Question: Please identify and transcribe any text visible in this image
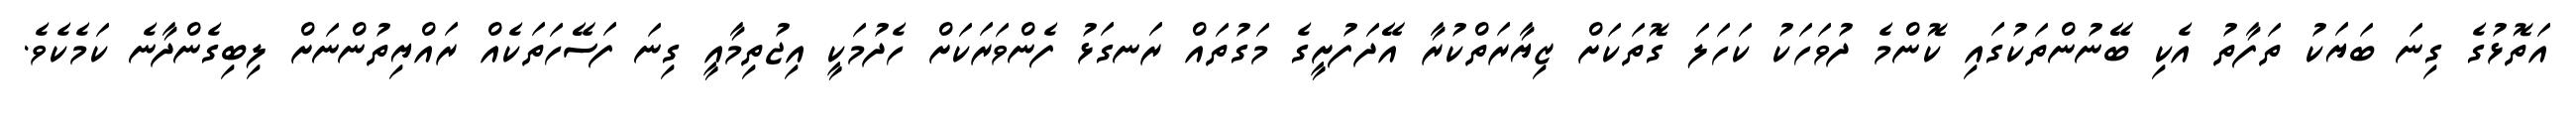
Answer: އަތޮޅުގެ ގިނަ ބަޔަކު ތަފާތު އެކި ބޭނުންތަކުގައި ކޮންމެ ދުވަހަކު ކަހަލަ ގޮތަކަށް ޒިޔާރަތްކުރާ އޭދަފުށީގެ މަގުތައް ރަނގަޅު ފެންވަރަކަށް ހެދުމަކީ އިޖުތިމާއީ ގިނަ ފަސޭހަތަކެއް ރައްޔިތުންނަށް ލިބިގެންދާނެ ކަމެކެވެ.